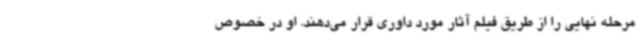
مرحله نهایی را از طریق فیلم آثار مورد داوری قرار می‌دهند. او در خصوص